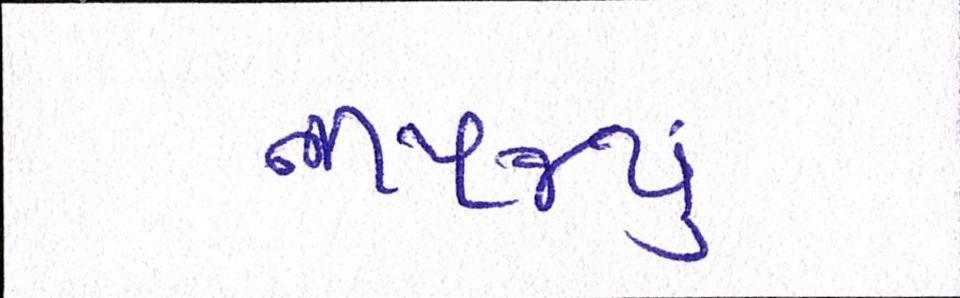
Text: નીપજ્યું